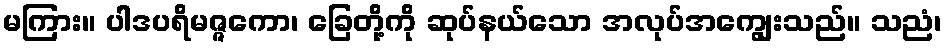
မကြား။ ပါဒပရိမဇ္ဇကော၊ ခြေတို့ကို ဆုပ်နယ်သော အလုပ်အကျွေးသည်။ သညံ၊